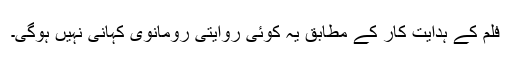
فلم کے ہدایت کار کے مطابق یہ کوئی روایتی رومانوی کہانی نہیں ہوگی۔